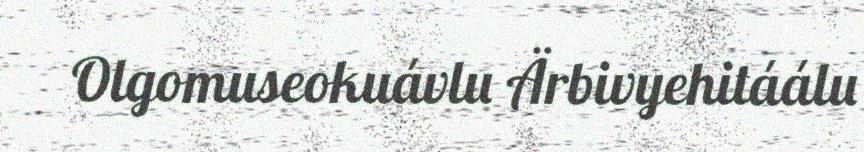
Olgomuseokuávlu Ärbivyehitáálu